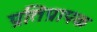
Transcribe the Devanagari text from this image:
प्रतिप्रापक